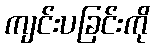
ကျင်းပခြင်းကို